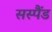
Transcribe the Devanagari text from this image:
सस्पैंड